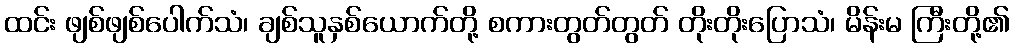
ထင်း ဖျစ်ဖျစ်ပေါက်သံ၊ ချစ်သူနှစ်ယောက်တို့ စကားတွတ်တွတ် တိုးတိုးပြောသံ၊ မိန်းမ ကြီးတို့၏